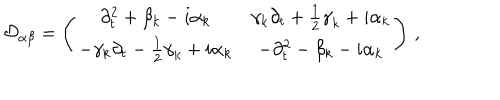
{ \cal D } _ { \alpha \beta } = \left( \begin{matrix} { { \partial _ { t } ^ { 2 } + \beta _ { k } - i \alpha _ { k } } } & { { \gamma _ { k } \partial _ { t } + \textstyle { \frac { 1 } { 2 } } \dot { \gamma } _ { k } + i \alpha _ { k } } } \\ { { - \gamma _ { k } \partial _ { t } - \textstyle { \frac { 1 } { 2 } } \dot { \gamma } _ { k } + i \alpha _ { k } } } & { { - \partial _ { t } ^ { 2 } - \beta _ { k } - i \alpha _ { k } } } \\ \end{matrix} \right) \, ,